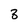
Character: 8